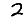
Digit: 2